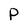
Character: p